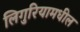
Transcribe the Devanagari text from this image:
लिगुरियामधील